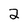
Character: 2